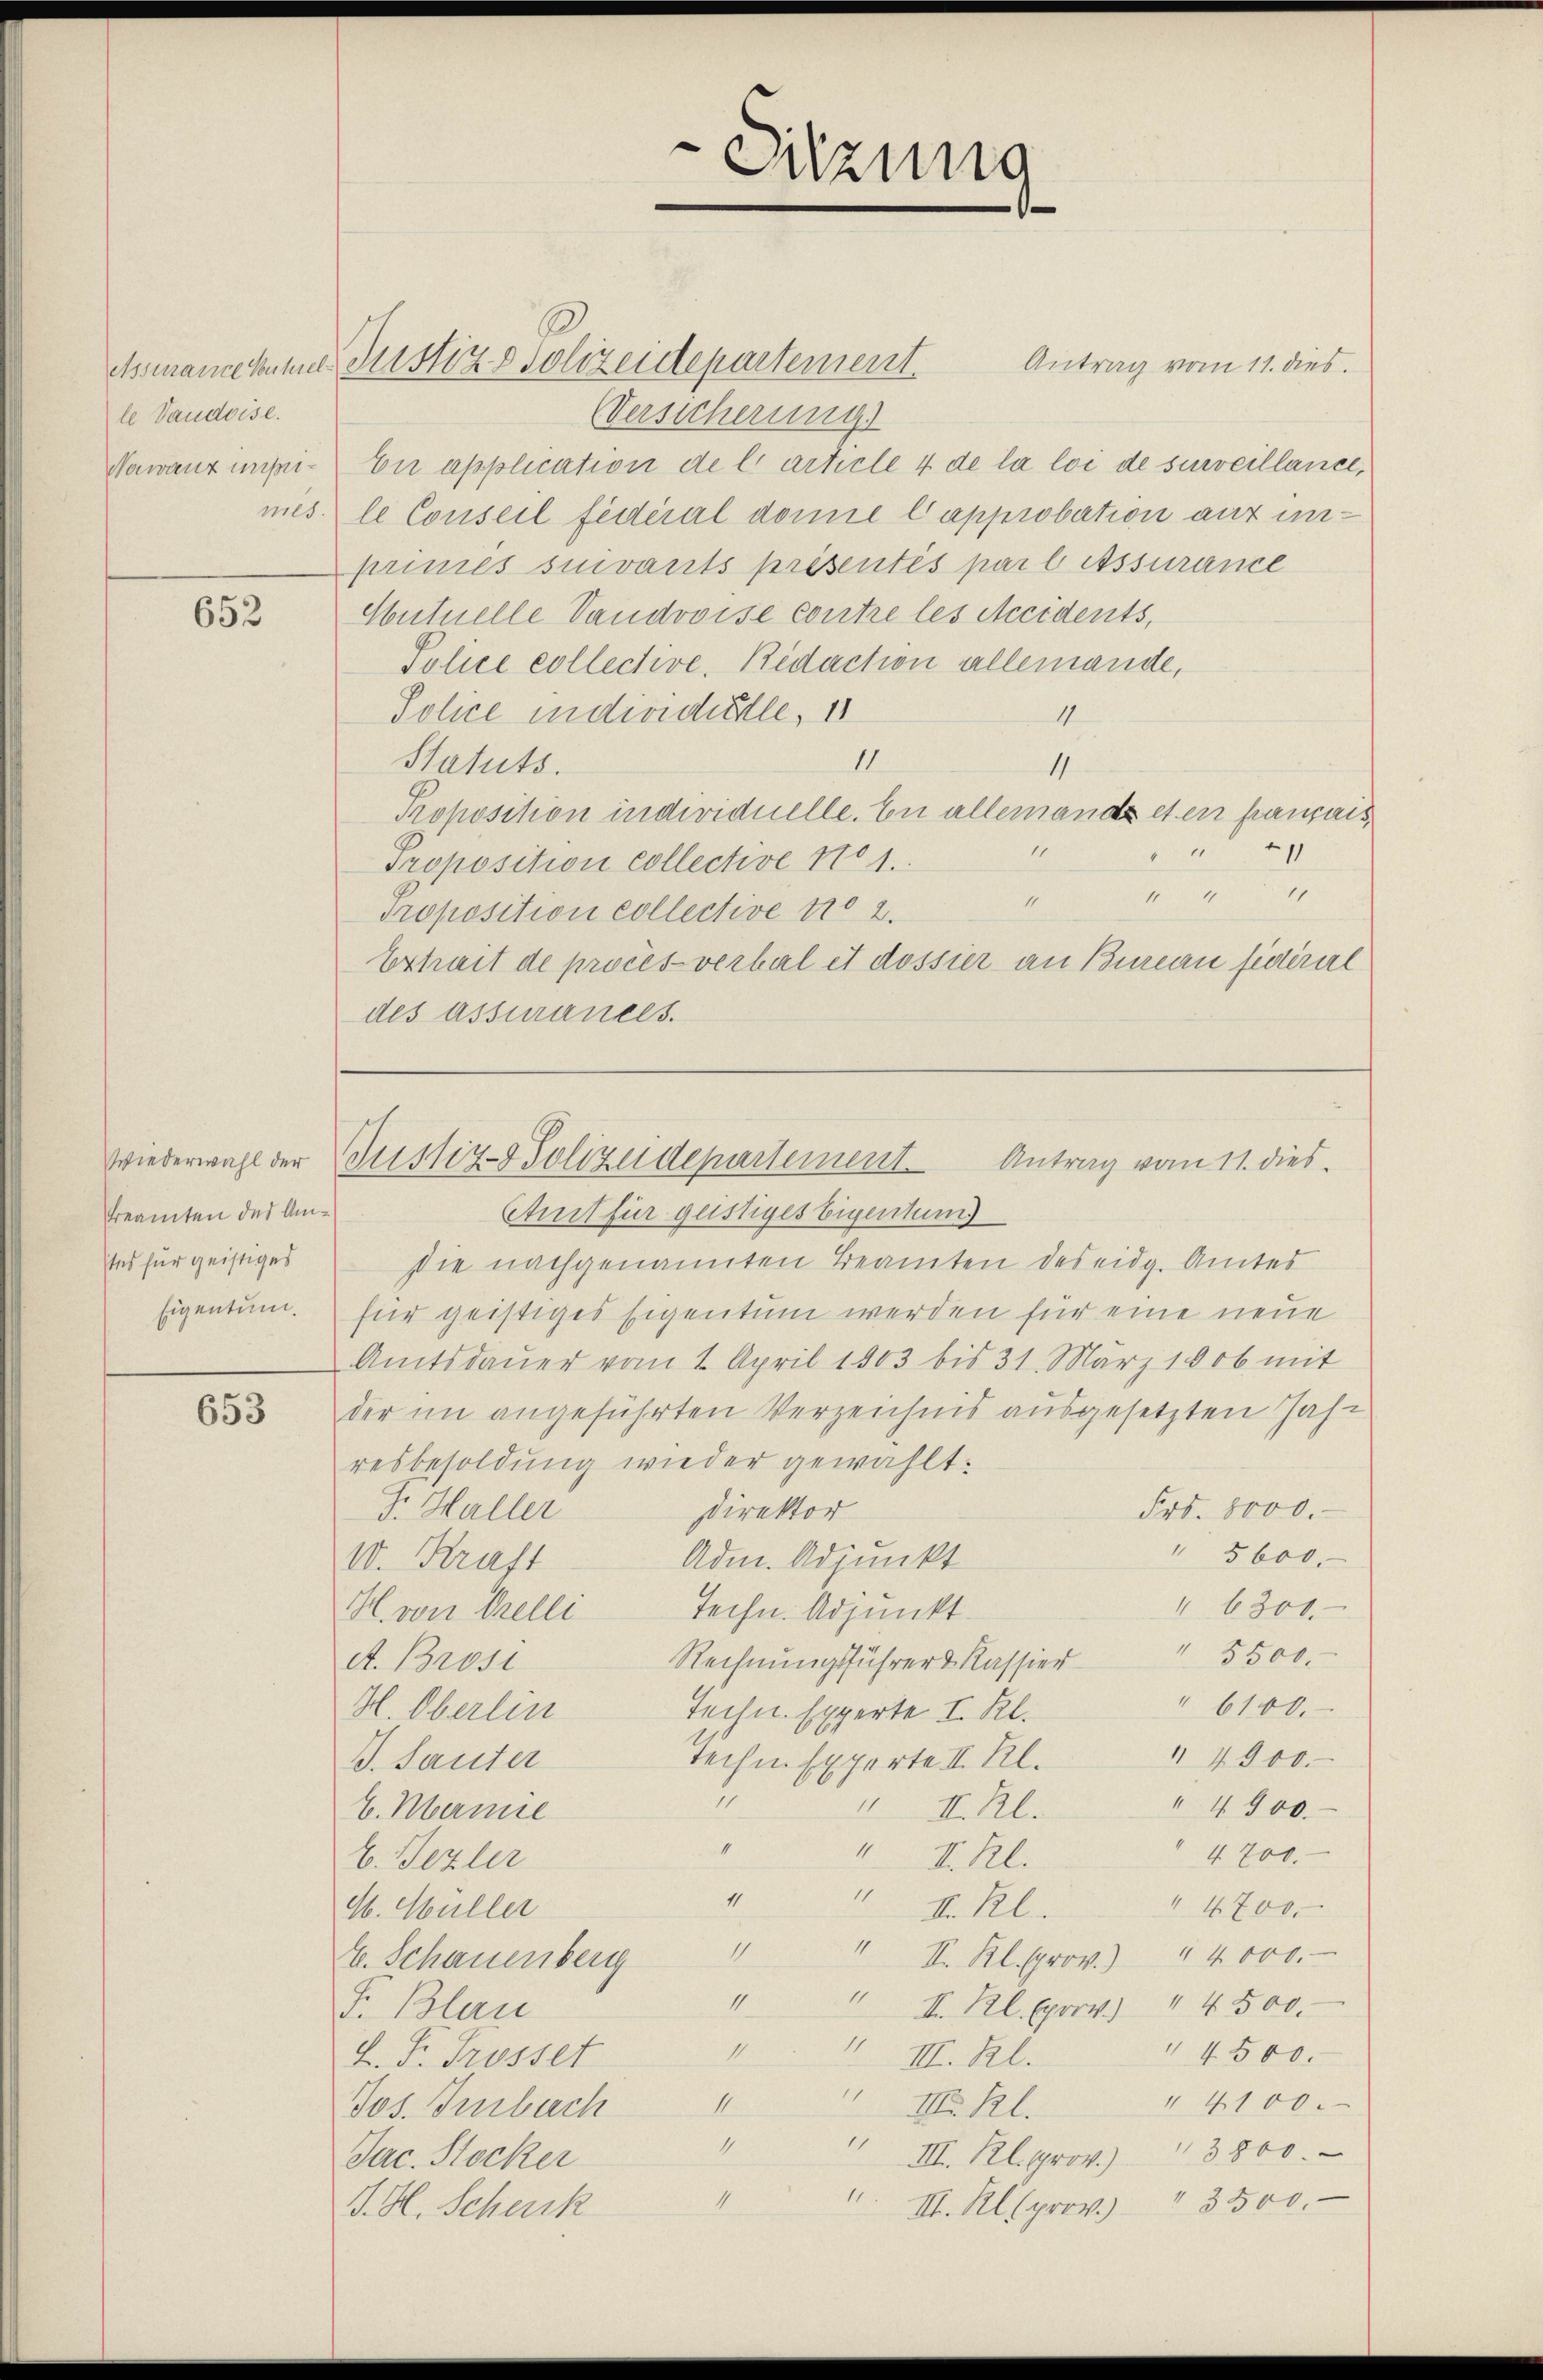
le Vaudoise.

652

Wiederwahl der
Beamten des Umtes für geistiges
Eigentum.

653

VVersicherung
Nawant unserei-En application de l’article 4 de la loi de surveillance,
mes le Conseil fédéral donne Capprobation auf unpriniés suivants présentés parl Atssurance
Autuelle Vaudoise contre les Accidents,
Police collective, Redaction allemande,
Police individuelle, 18
4
II
Statuts.
4
Proposition individuelle. En allemands et en parais,
11.
11
Proposition collective No 1.
a
Proposition collective No 2.
Erheit de procès-verbal et dossier an Bureau fidéral
des assurances.

Assmannekumier Justiz & Polizeidepartement

Sitzung

Antrag vom 11. dies

Justiz- & Polizeidepartement.
Antrag vom 11. dies
Amt für geistiges Eigentums

sie nachgenannten Beamten des eidg. Amtes
für geistiges Eigentum werden für eine neue
Amtsdauer vom 2. April 1803 bis 31. März 1906 mit
der im angeführten Verzeichnis ausgesetzten Jahr
resbesoldung wieder gewählt:
Direktor
Frs. 8000.-
F. Haller
" 5600.
Adm. Adjunkt
10. Kraft
" 6300.
Techn. Adjunkt
H. von Grelli
Rechnŭngsführer Kassier" 5500.
A. Brosi
" 6100.
H. Oberlin
Techn. Experte I. Kl.
 4900.
Techn Experte II. Kl.
J. Sauter
2
" 4900.
1 II. Kl.
E. Mermie
4
" 4700.
 II. Kl.
E. Bezler
11
11
 4700.
H. Müller
II. Rl.
4
11
II. Kl. prov. 14000.
E. Schauenberg
11
1
II. Kl. Exorv.) " 4500.
F. Blau
11
1
" 4500.
L. Fr. Trosset
III. Kl.
11
" 4100.
Jos. Iurbach
III. Kl.
11
I
III. Kl. prov. 13800.
Jac. Stocker
11.
1
" 3500.
III. Al (prov.)
J. H. Schenk